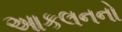
આકલનનો